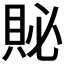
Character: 𲂬